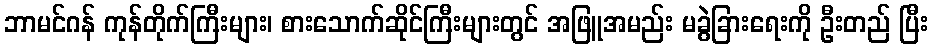
ဘာမင်ဂန် ကုန်တိုက်ကြီးများ၊ စားသောက်ဆိုင်ကြီးများတွင် အဖြူအမည်း မခွဲခြားရေးကို ဦးတည် ပြီး